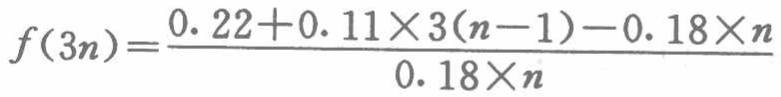
\[f(3n)=\frac{0.22 + 0.11\times3(n - 1)-0.18\times n}{0.18\times n}\]